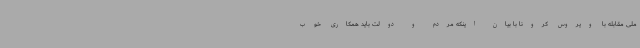
ملی مقابله با ویروس کرونا با بیان اینکه مردم و دولت باید همکاری خوب